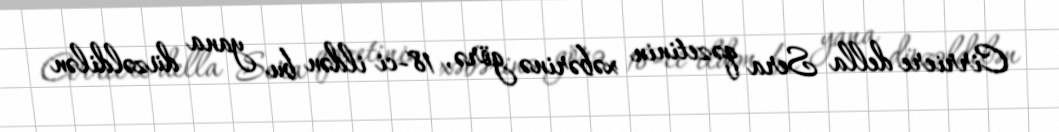
Cirriere della Sera qəzetinin xəbərinə görə, 18-ci ildən bu yana düzəldilən